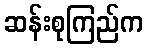
ဆန်းစုကြည်က